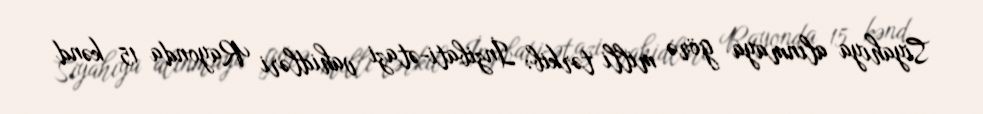
Siyahıya alınmaya görə milli tərkib: İnzibati-ətazi vahidləri Rayonda 15 kənd